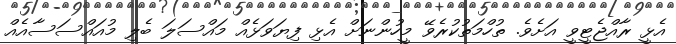
އެޅީ ރާއްޖެޓީވީ އަށެވެ. ތުހްމަތުކުރެވޭ މީހުންނަށް އެޅި ފިޔަވަޅެއް މައްސަލަ ބެލި މުއައްސަސާއެއް